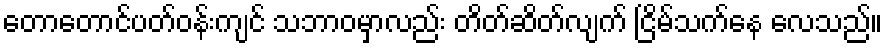
တောတောင်ပတ်ဝန်းကျင် သဘာဝမှာလည်း တိတ်ဆိတ်လျက် ငြိမ်သက်နေ လေသည်။